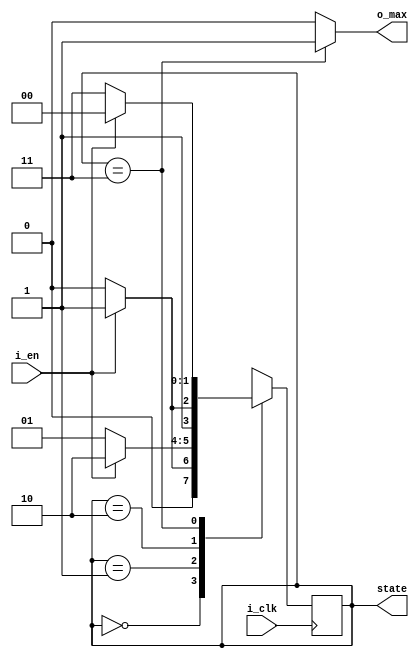
// Moore FSM module.
// There is also additional "state" output signal for comfortable using in the testbench.

module fsm(i_clk, i_en, o_max, state);

input i_clk, i_en;
output reg o_max;

output reg [1:0] state;					// 2^2 = 4 possible states

// FSM states
parameter [1:0] A = 2'd0, B = 2'd1, C = 2'd2, D = 2'd3;

// FSM's logic of transitions
always @(posedge i_clk) begin
	case(state) 
		A:
			state <= (i_en) ? B : A;
		B:
			state <= (i_en) ? C : B;
		C:
			state <= (i_en) ? D : C;
		D:
			state <= (i_en) ? A : D;
		
		default:
			state <= A;			// just to save the state, but is it necessary, hm?
	endcase
end

// FSM's output logic 
always @(state) begin
	case(state)
		D:	
			o_max <= 1'b1;
			
		default:
			o_max <= 1'b0;
	endcase
end
endmodule